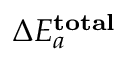
\Delta E _ { a } ^ { \mathbf { t o t a l } }